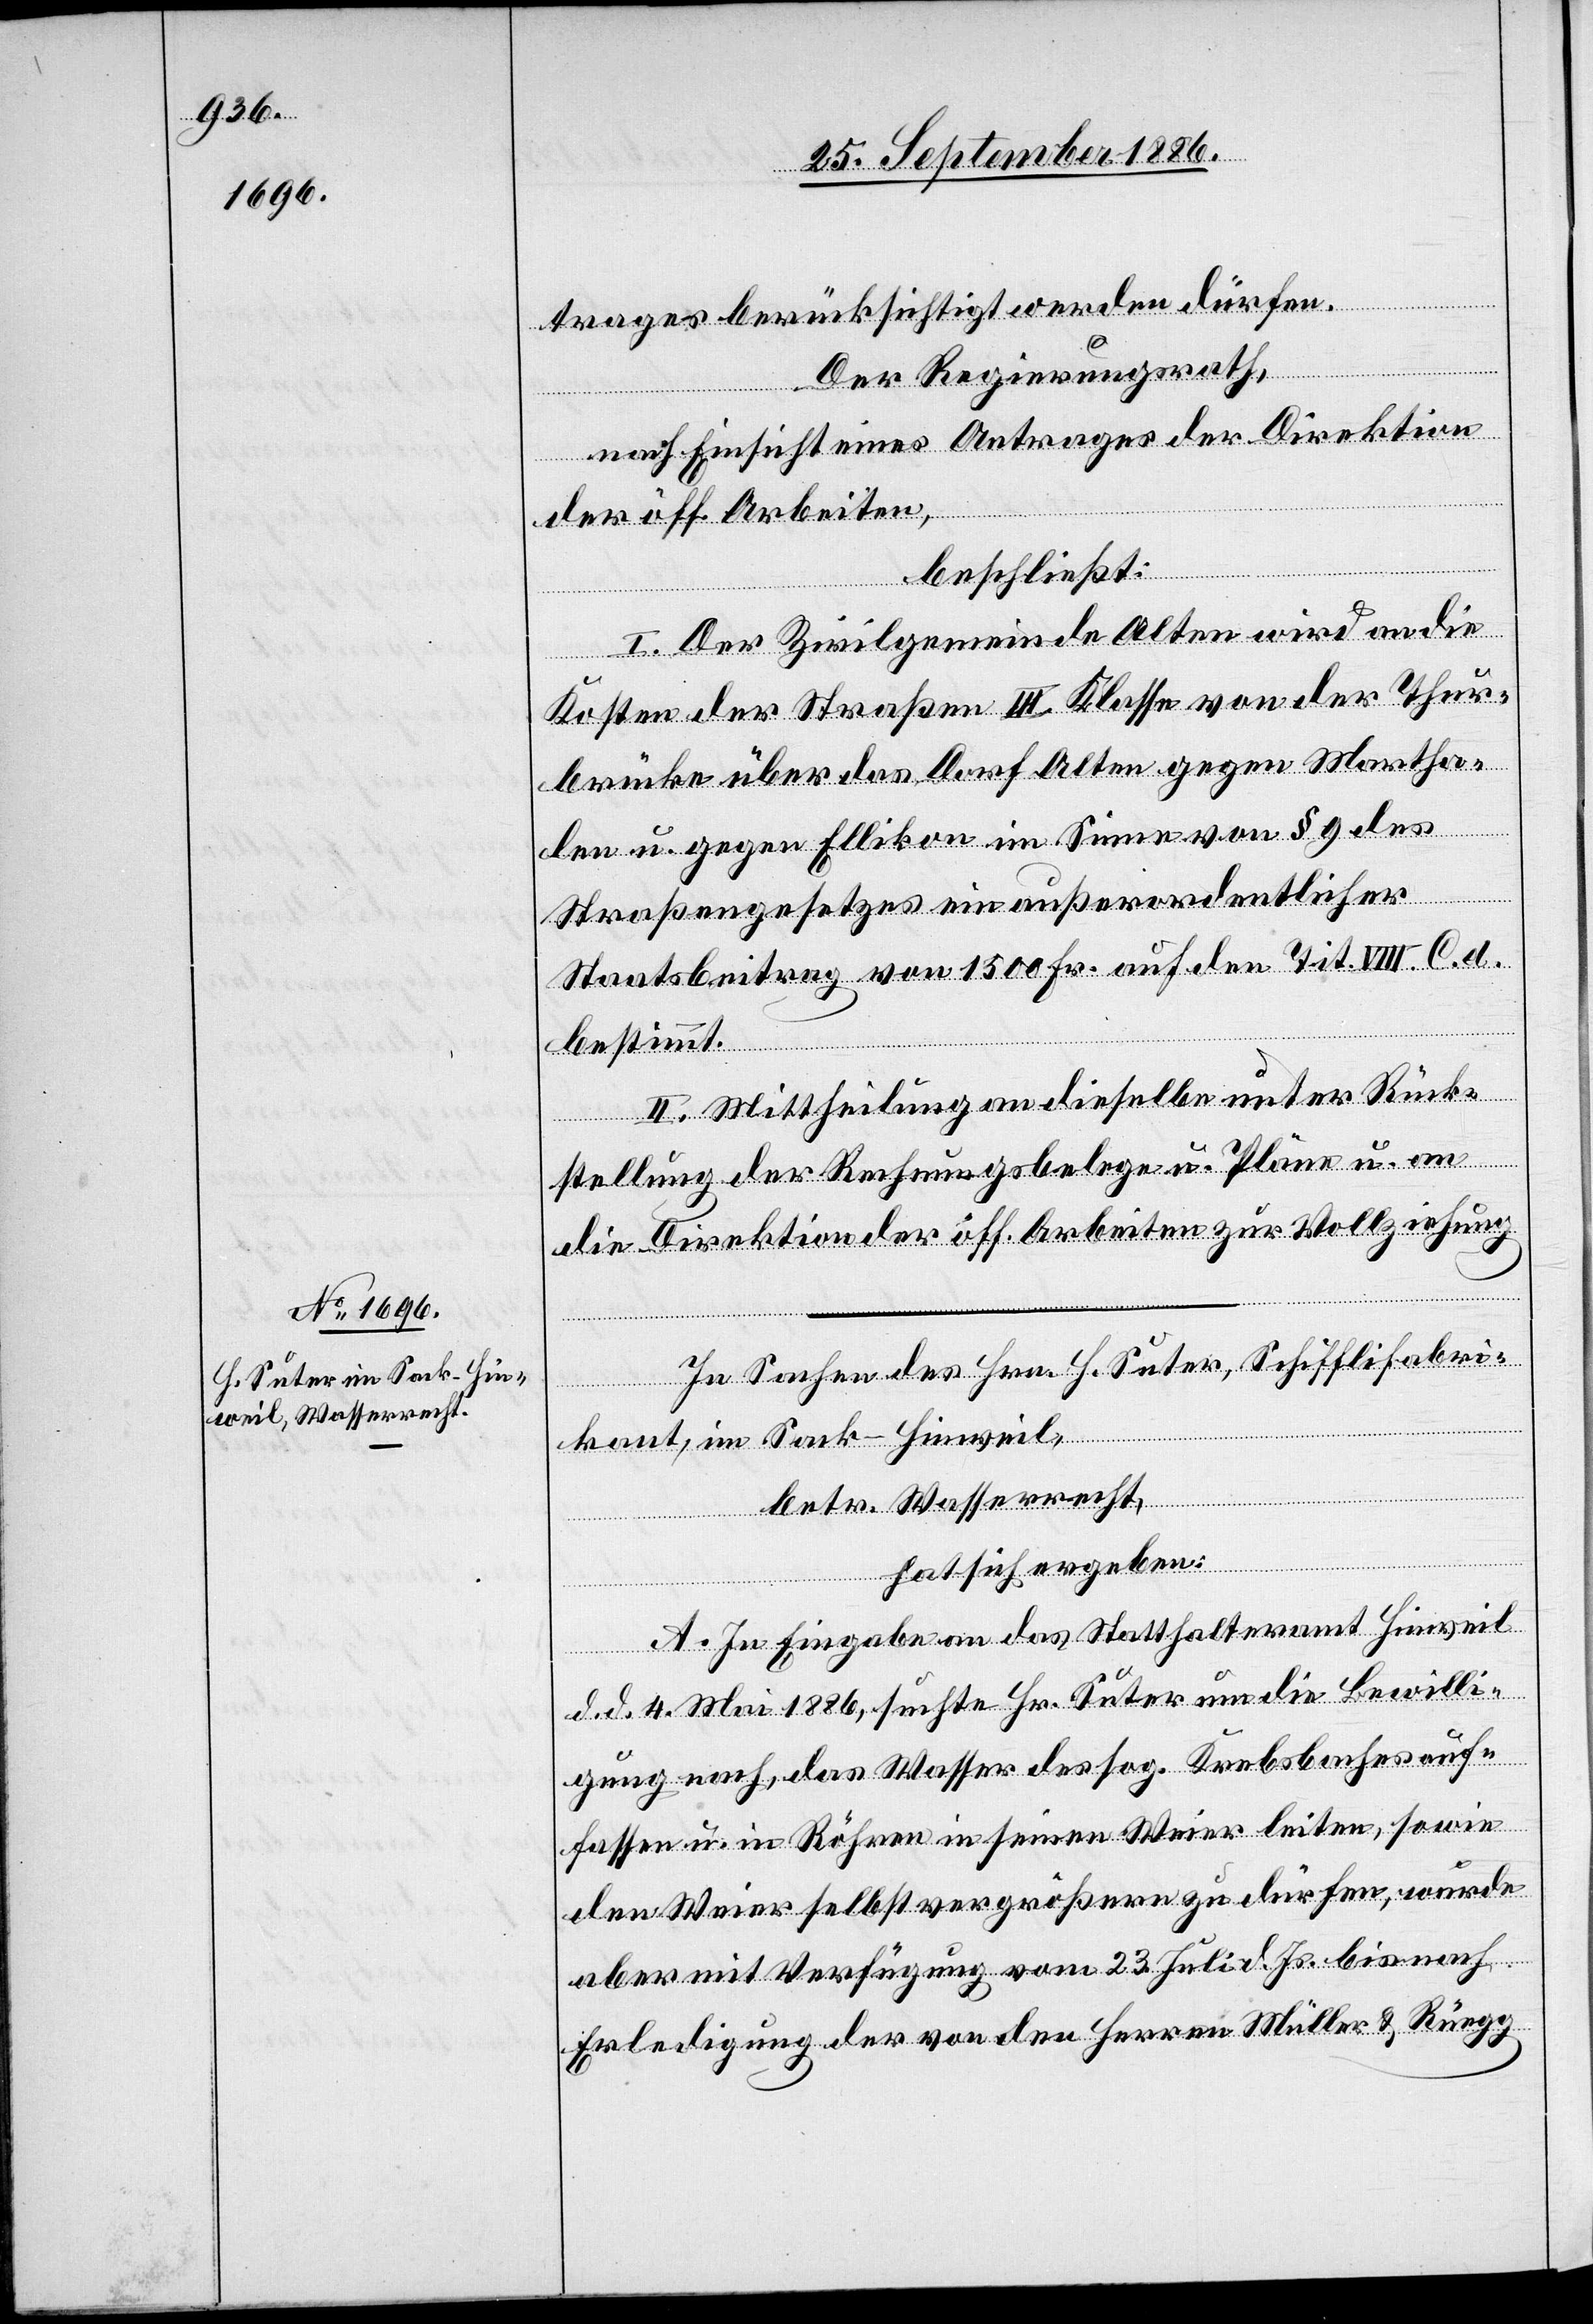
In Sachen des Hrn. H. Suter, Schifflifabri¬
kant, im Sack - Hinweil,
betr. Wasserrecht,
hat sich ergeben:
A. In Eingabe an das Statthalteramt Hinweil
d. d. 4. Mai 1886, suchte Hr. Suter um die Bewilli¬
gung nach, das Wasser des sog. Krebsbaches auf¬
fassen u. in Röhren in seinen Weier leiten, sowie
den Weier selbst vergrößern zu dürfen, wurde
aber mit Verfügung vom 23. Juli d. Js. bis nach
Erledigung der von den Herren Müller & Rüegg